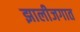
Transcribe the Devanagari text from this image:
झालीजगात